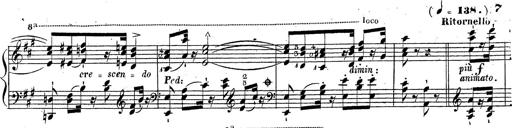
Title: Grande fantaisie sur la tyrolienne de l'opÃ©ra
Composer: Franz Liszt
Key: A major